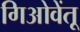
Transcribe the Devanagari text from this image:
गिओवेंतू